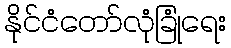
နိုင်ငံတော်လုံခြုံရေး